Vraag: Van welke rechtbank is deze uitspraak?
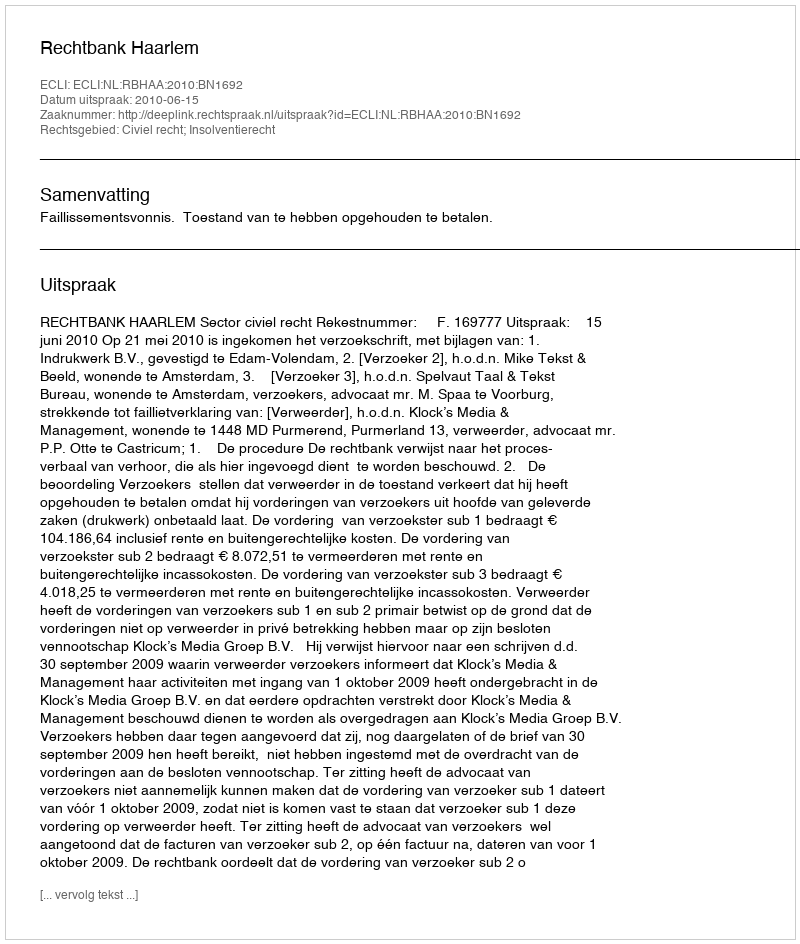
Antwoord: Rechtbank Haarlem